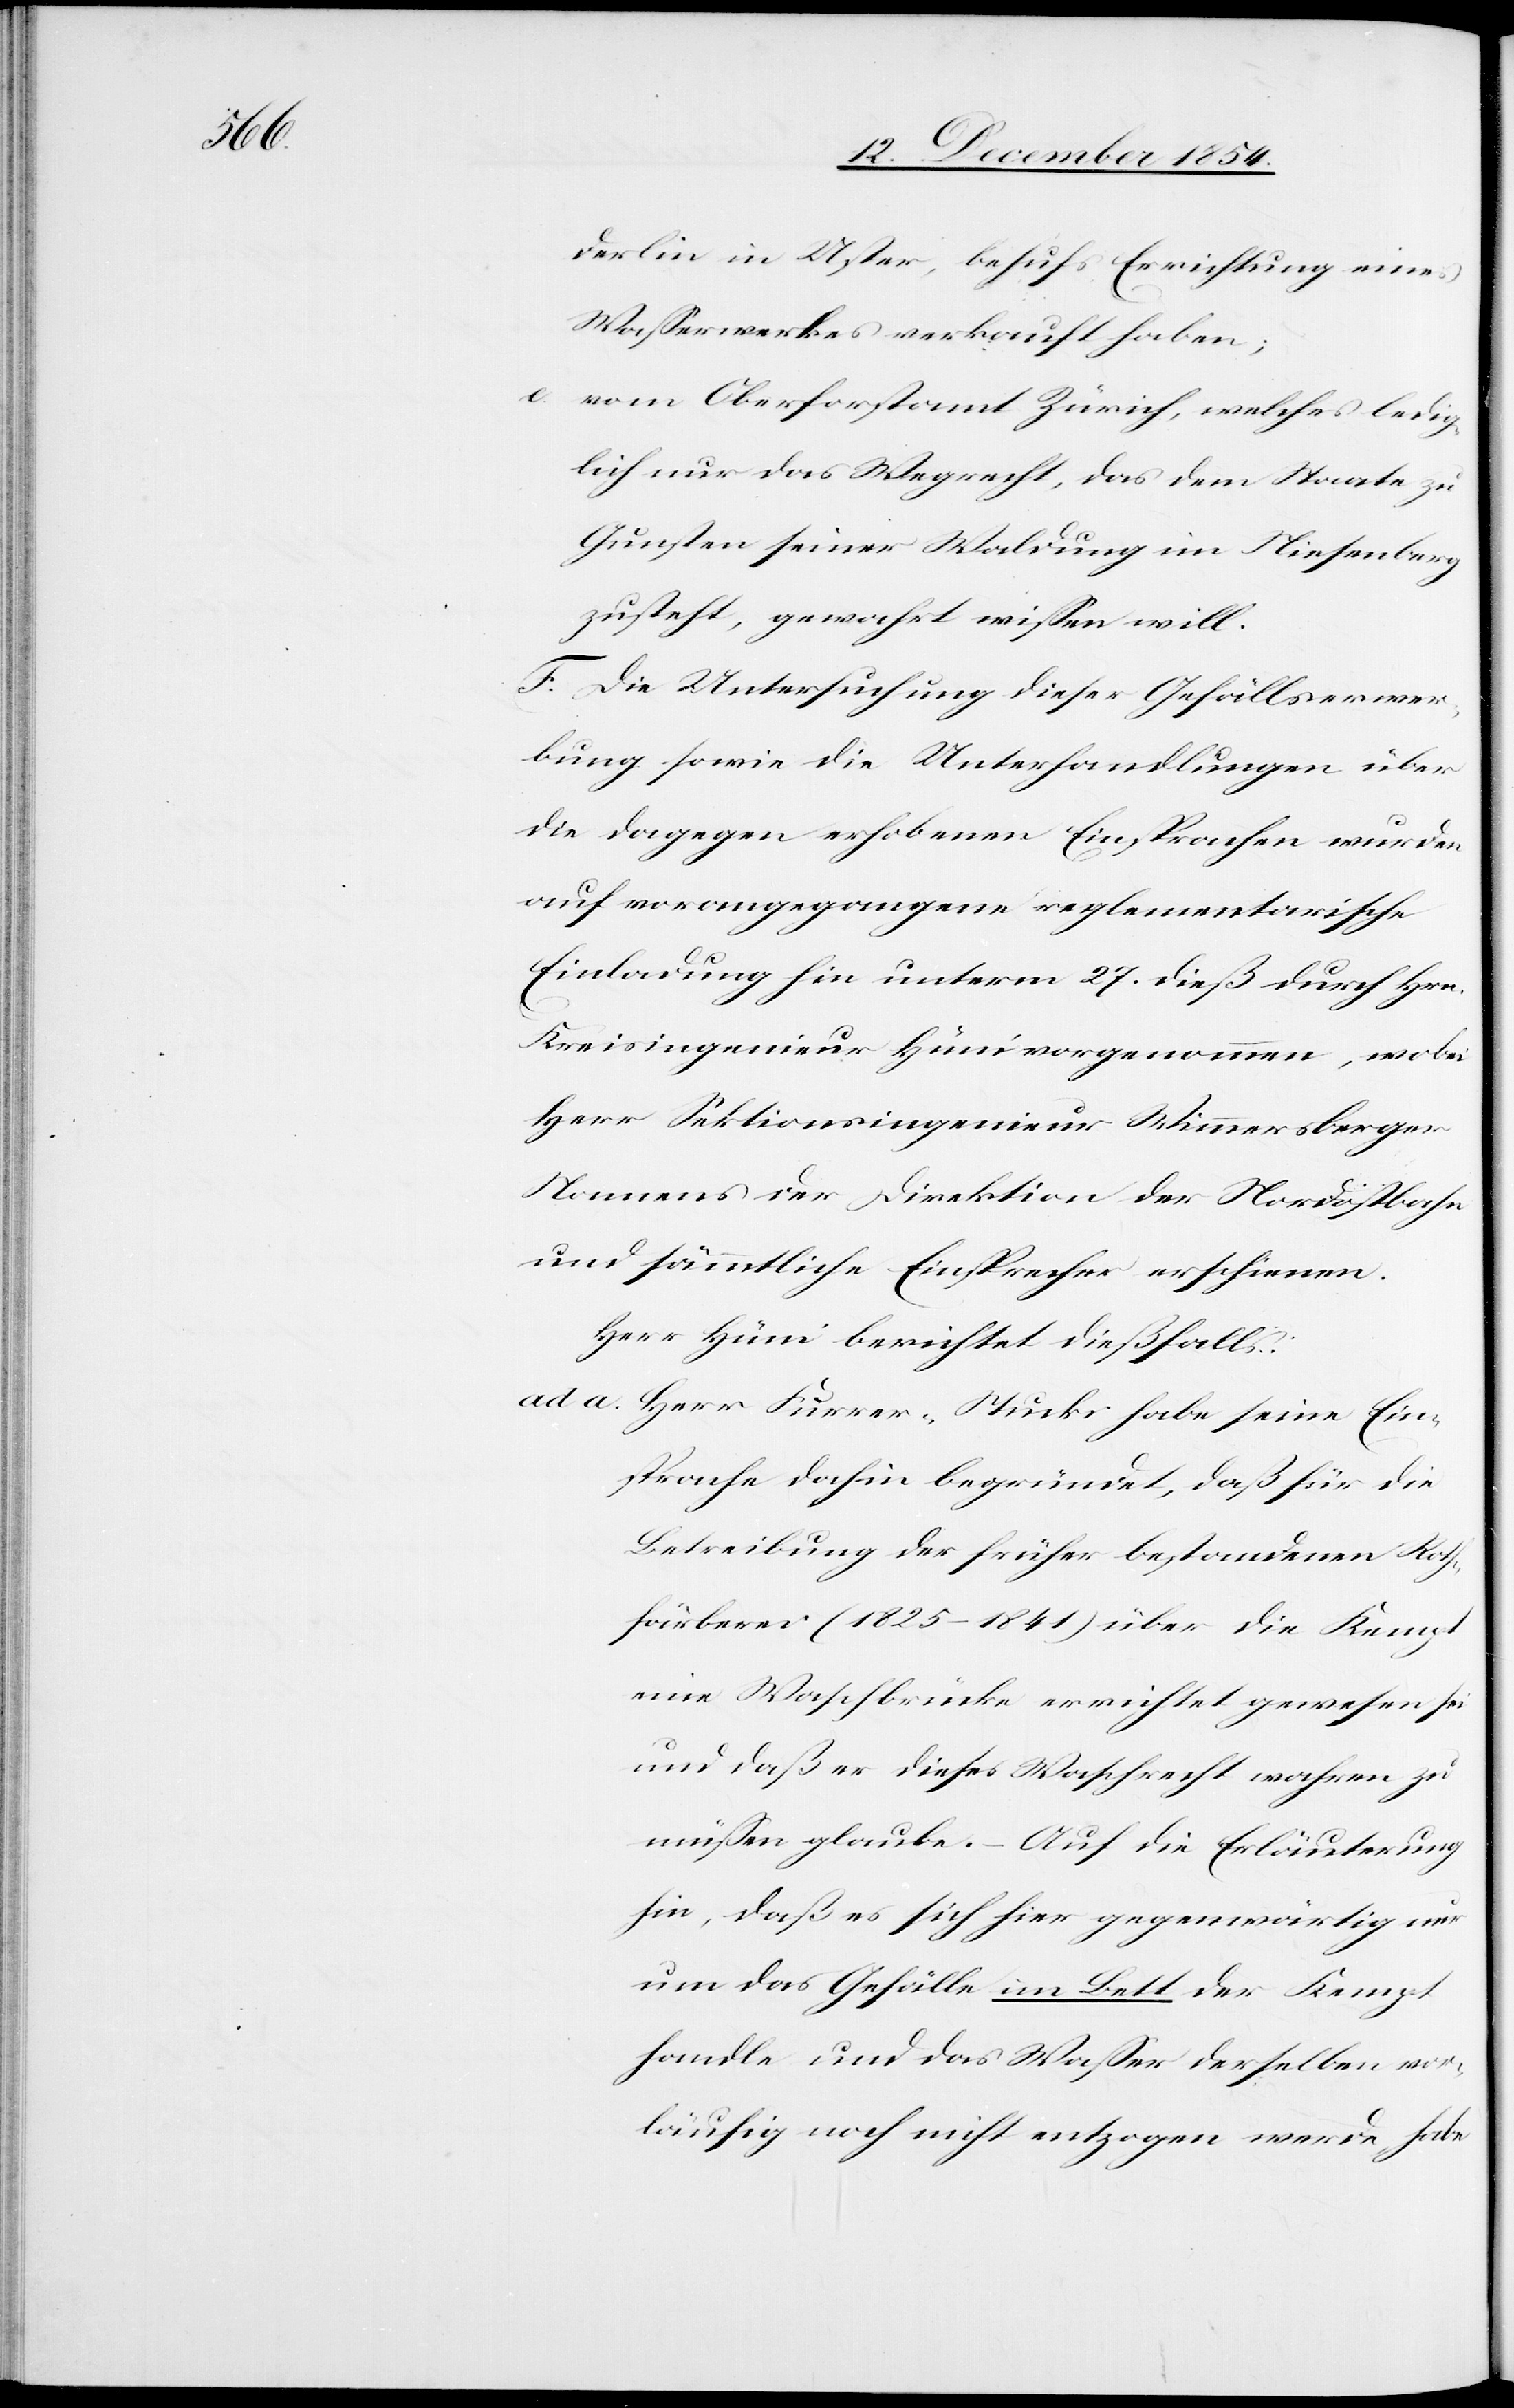
derlin in Uster, behufs Errichtung eines
Waßerwerkes verkauft haben;
e. vom Oberforstamt Zürich, welches ledig¬
lich nur das Wegrecht, das dem Staate zu
Gunsten seiner Waldung im Niesenberg
zusteht, gewahrt wißen will.
F. Die Untersuchung dieser Gefällserwer¬
bung sowie die Unterhandlungen über
die dagegen erhobenen Einsprachen wurden
auf vorangegangene reglementarische
Einladung hin unterm 27. dieß durch Hrn.
Kreisingenieur Hüni vorgenommen, wobei
Herr Sektionsingenieur Wimmersberger
Namens der Direktion der Nordostbahn
und sämmtliche Einsprecher erschienen.
Herr Hüni berichtet dießfalls:
ad a. Herr Furrer-Stucki habe seine Ein¬
sprache dahin begründet, daß für die
Betreibung der früher bestandenen Roth¬
färberei (1825–1841) über die Kempt
eine Waschbrücke errichtet gewesen sei
und daß er dieses Waschrecht wahren zu
müßen glaube. – Auf die Erläuterung
hin, daß es sich hier gegenwärtig nur
um das Gefälle im Bett der Kempt
handle und das Waßer derselben vor¬
läufig noch nicht entzogen werde, habe